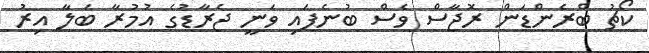
ކޯޗު ބްރެންޑަން ރޮޖާސް ވެސް ބުނެފައި ވަނީ ޖެރާޑުގެ އުމުރާ ބަލާ އިރު